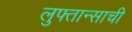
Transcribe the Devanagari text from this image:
लुफ्तान्साची